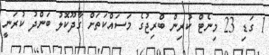
1 ގަޑި 23 މިނެޓް ކުރިން ބްރިޖުގެ މަސައްކަތަށް ގާދޫކޮލު ބަންދު ކުރަނީ